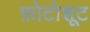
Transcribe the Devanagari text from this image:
फ़ोटोशूट